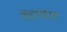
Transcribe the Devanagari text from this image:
वंडरलस्ट